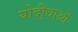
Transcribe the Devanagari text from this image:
योदी्धाओं